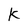
Character: K